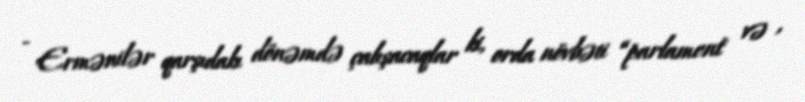
- Ermənilər qarşıdakı dönəmdə çalışacaqlar ki, orda növbəti “parlament` və ,